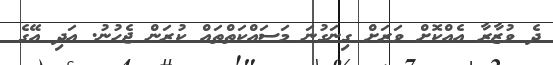
ދެ ވުޒާރާ އެއްކޮށް ވަރަށް ގިނަގުނަ މަސައްކަތްތައް ކުރަން ޖެހުނު. އަދި އޭގެ